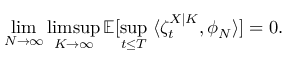
\operatorname* { l i m } _ { N \to \infty } \operatorname* { l i m s u p } _ { K \to \infty } \mathbb { E } [ \operatorname* { s u p } _ { t \leq T } \; \langle \zeta _ { t } ^ { X | K } , \phi _ { N } \rangle ] = 0 .